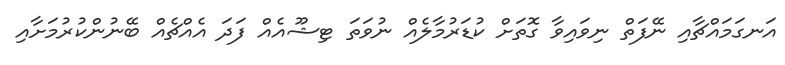
އަނގަމައްޗާއި ނޭފަތް ނިވައިވާ ގޮތަށް ކުޑަރުމާލެއް ނުވަތަ ޓިޝޫއެއް ފަދަ އެއްޗެއް ބޭނުންކުރުމަށާއި